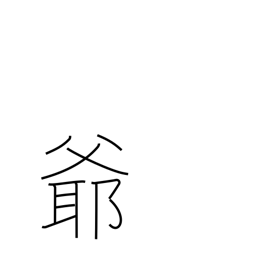
Meaning: grampa